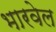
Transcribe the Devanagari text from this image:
भारवेल